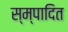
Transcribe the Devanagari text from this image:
स्म्पादित